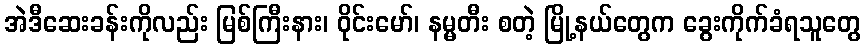
အဲဒီဆေးခန်းကိုလည်း မြစ်ကြီးနား၊ ဝိုင်းမော်၊ နမ္မတီး စတဲ့ မြို့နယ်တွေက ခွေးကိုက်ခံရသူတွေ